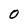
Character: 0